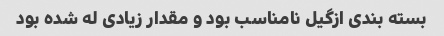
بسته بندی ازگیل نامناسب بود و مقدار زیادی له شده بود